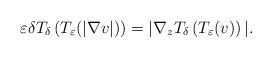
LaTeX: \begin{align*}\varepsilon\delta T_{\delta}\left( T_{\varepsilon}(|\nabla v|)\right)=|\nabla_{z}T_{\delta}\left( T_{\varepsilon}(v)\right) |. \end{align*}